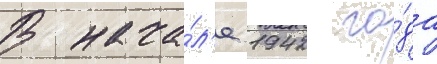
В нача́л'е 1942 го́да